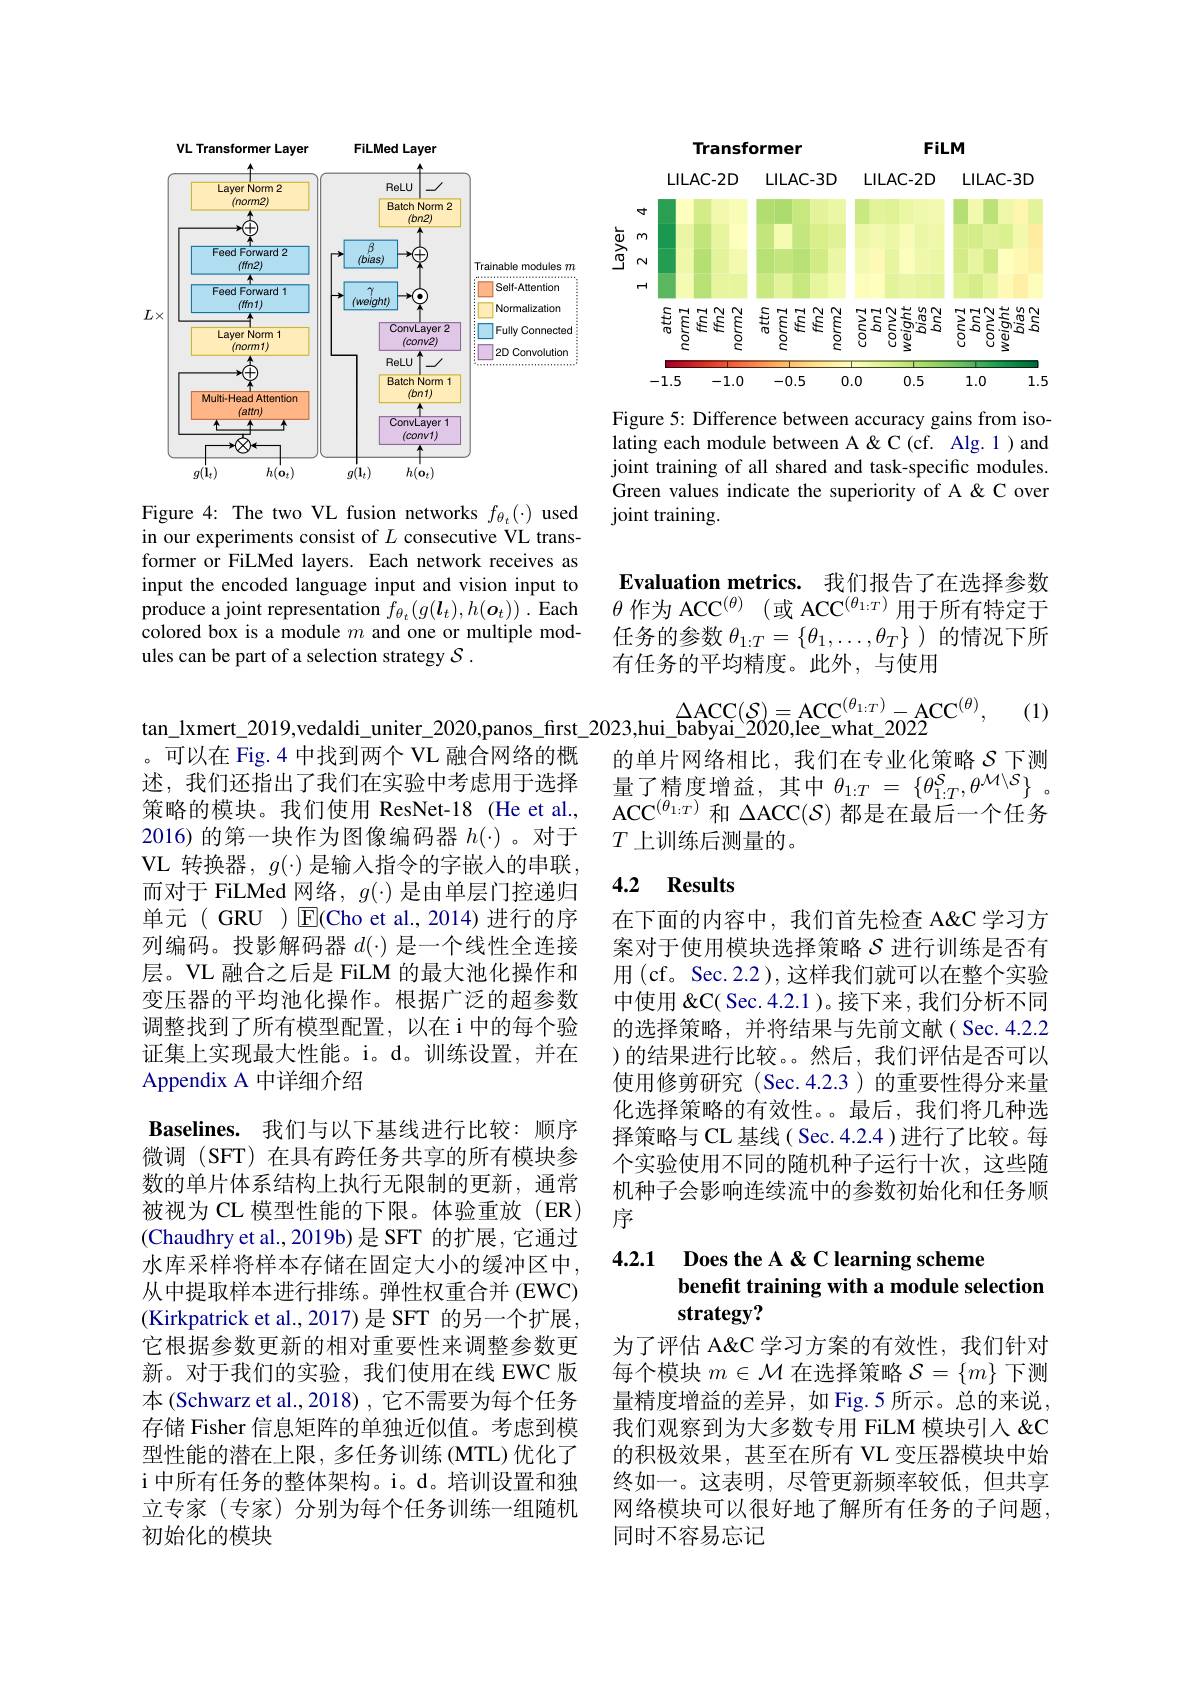
<FigureHere>

Figure 4: The two VL fusion networks $f_{\theta_{t}}(\cdot)$ used in our experiments consist of $L$ consecutive VL transformer or FiLMed layers. Each network receives as input the encoded language input and vision input to produce a joint representation $f_{\theta_t}\left(g(\boldsymbol{l}_t),h(\boldsymbol{o}_t)\right).$ Each colored box is a module $m$ and one or multiple modules can be part of a selection strategy $\mathcal{S}.$

。可以在 Fig.4 中找到两个 VL 融合网络的概述，我们还指出了我们在实验中考虑用于选择策略的模块。我们使用 ResNet-18 (He et al., 2016)的第一块作为图像编码器$h(\cdot)$ 。对于VL 转换器，$g(\cdot)$ 是输入指令的字嵌人的串联， 而对于 FiLMed 网络，$g(\cdot)$是由单层门控递归单元(GRU)$\operatorname{E}$(Cho et al.,2014)进行的序列编码。投影解码器$d(\cdot)$是一个线性全连接层。VL 融合之后是 FiLM 的最大池化操作和变压器的平均池化操作。根据广泛的超参数调整找到了所有模型配置，以在i中的每个验证集上实现最大性能。i。d。训练设置，并在Appendix A 中详细介绍

Baselines. 我们与以下基线进行比较：顺序微调 (SFT) 在具有跨任务共享的所有模块参数的单片体系结构上执行无限制的更新，通常被视为 CL 模型性能的下限。体验重放(ER) (Chaudhry et al.,2019b)是 SFT 的扩展，它通过水库采样将样本存储在固定大小的缓冲区中， 从中提取样本进行排练。弹性权重合并 (EWC) (Kirkpatrick et al.,2017)是 SFT 的另一个扩展， 它根据参数更新的相对重要性来调整参数更新。对于我们的实验，我们使用在线 EWC 版本 (Schwarz et al., 2018) , 它不需要为每个任务存储 Fisher 信息矩阵的单独近似值。考虑到模型性能的潜在上限，多任务训练(MTL)优化了i 中所有任务的整体架构。i。d。培训设置和独立专家(专家)分别为每个任务训练一组随机初始化的模块

Transformer

FiLM

<FigureHere>

Figure 5: Difference between accuracy gains from isolating each module between A &C (cf. Alg.1)and joint training of all shared and task-specific modules. Green values indicate the superiority of A &C over joint training.

Evaluation metrics. 我们报告了在选择参数$\theta$作为 ACC$^(\theta)$ (或 ACC$^(\theta_{1:T})$用于所有特定于任务的参数$\theta_{1:T}=\{\theta_1,\ldots,\theta_T\}$ )的情况下所有任务的平均精度。此外，与使用

(1)

$\Delta$ACC$( \mathcal{S} ) = \mathrm{ACC}_{\mathbf{u} \mathbf{h} \mathbf{t} }^{( \theta _{1: T}) }- \mathrm{ACC}^{( \theta ) }$,
tan\_lxmert\_2019,vedaldi\_uniter\_2020,panos\_fırst\_2023,hui\_babyai\_2020,lee_what\_2022

的单片网络相比，我们在专业化策略$\mathcal{S}$下测$量了精度增益，其中\theta_{1:T}=\{\theta_{1:T}^{\mathcal{S}},\theta^{\mathcal{M}\setminus\mathcal{S}}\}$。ACC$^{(\theta_{1:T})}$和$\Delta ACC(\mathcal{S})$都是在最后一个任务$T$上训练后测量的。

## 4.2 Results

在下面的内容中，我们首先检查 A&C 学习方案对于使用模块选择策略$S$ 进行训练是否有用(cf。Sec.2.2),这样我们就可以在整个实验中使用 " $\&$C( Sec. 4.2.1 )。接下来，我们分析不同的选择策略，并将结果与先前文献( Sec. 4.2.2 )的结果进行比较。然后，我们评估是否可以使用修剪研究(Sec.4.2.3)的重要性得分来量化选择策略的有效性。最后，我们将几种选择策略与 CL 基线 ( Sec. 4.2.4 )进行了比较。每个实验使用不同的随机种子运行十次，这些随机种子会影响连续流中的参数初始化和任务顺序

### 4.2.1 Does the A &C learning scheme benefit training with a module selection strategy?

为了评估 A&C 学习方案的有效性，我们针对每个模块$m\in\mathcal{M}$在选择策略$\mathcal{S}=\{m\}$下测量精度增益的差异，如 Fig.5 所示。总的来说， 我们观察到为大多数专用 FiLM 模块引人 & 的积极效果，甚至在所有 VL 变压器模块中始终如一。这表明，尽管更新频率较低，但共享网络模块可以很好地了解所有任务的子问题， 同时不容易忘记